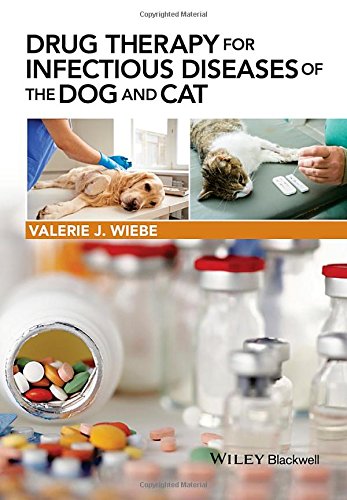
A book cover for Drug Therapy for Infectious Diseases of the Dog and Cat; Valerie J. Wiebe; Medical Books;